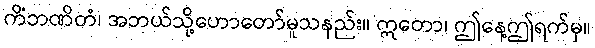
ကိံဘဏိတံ၊ အဘယ်သို့ဟောတော်မူသနည်း။ ဣတော၊ ဤနေ့ဤရက်မှ။